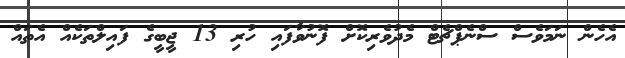
އެހެން ނަމަވެސް ސްނެޕްޗެޓް މެދުވެރިކޮށް ފޮނުވާފައި ހުރި 13 ޖީބީގެ ފައިލްތަކެއް އެތައް